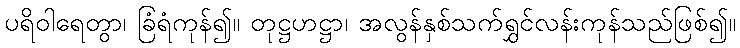
ပရိဝါရေတွာ၊ ခြံရံကုန်၍။ တုဋ္ဌဟဋ္ဌာ၊ အလွန်နှစ်သက်ရွှင်လန်းကုန်သည်ဖြစ်၍။